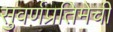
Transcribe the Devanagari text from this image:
सुवर्णप्रतिमेची